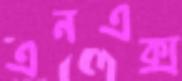
এনএক্স